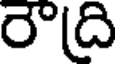
రౌది